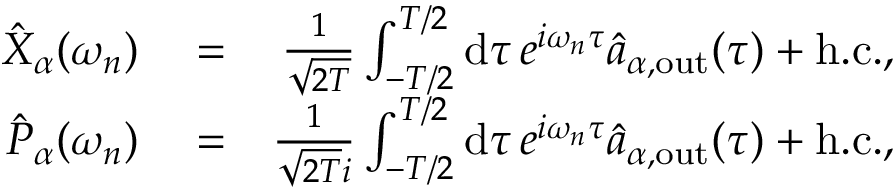
\begin{array} { r l r } { \hat { X } _ { \alpha } ( \omega _ { n } ) } & { { } = } & { \frac { 1 } { \sqrt { 2 T } } \int _ { - T / 2 } ^ { T / 2 } \mathrm { d } \tau \, e ^ { i \omega _ { n } \tau } \hat { a } _ { \alpha , \mathrm { o u t } } ( \tau ) + \mathrm { h . c . } , } \\ { \hat { P } _ { \alpha } ( \omega _ { n } ) } & { { } = } & { \frac { 1 } { \sqrt { 2 T } i } \int _ { - T / 2 } ^ { T / 2 } \mathrm { d } \tau \, e ^ { i \omega _ { n } \tau } \hat { a } _ { \alpha , \mathrm { o u t } } ( \tau ) + \mathrm { h . c . } , } \end{array}